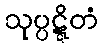
သုပ္ပဋ္ဋိတံ